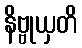
နိဗ္ဗုယှတိ